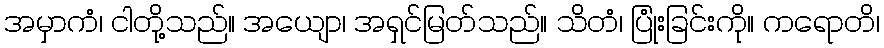
အမှာကံ၊ ငါတို့သည်။ အယျော၊ အရှင်မြတ်သည်။ သိတံ၊ ပြုံးခြင်းကို။ ကရောတိ၊